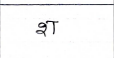
मजकूर: श